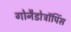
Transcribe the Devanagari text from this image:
गोनैडोट्रॉपिंस